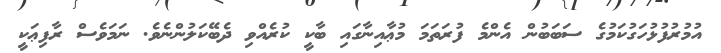
އުމުރުފުޅުހަގުކަމުގެ ސަބަބުން އެންމެ ފުރަތަމަ މުޢާއިނާގައި ބާކީ ކުރެއްވި ދެބޭކަލުންނެވެ. ނަމަވެސް ރާފިޢަކީ